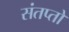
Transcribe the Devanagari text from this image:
संतप्तों